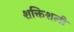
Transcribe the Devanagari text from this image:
शक्तिशली